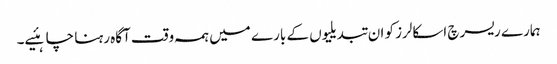
ہمارے ریسرچ اسکالرز کو ان تبدیلیوں کے بارے میں ہمہ وقت آگاہ رہنا چاہئیے۔